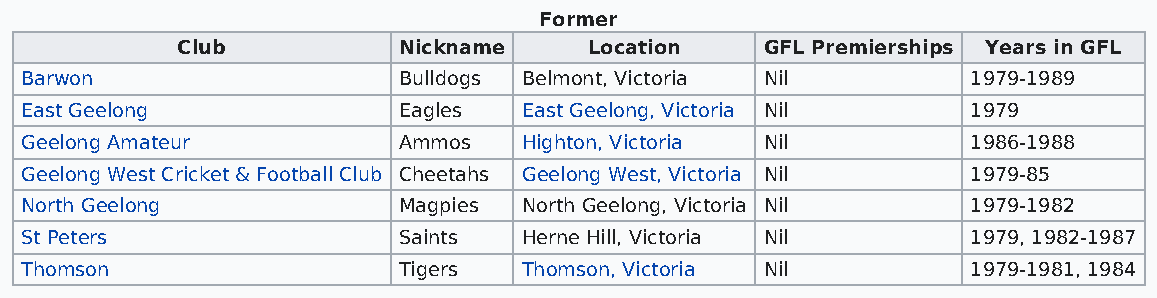
Former
 Club          Nickname     Location    GFL Premierships Years in GFL
 Barwon                   Bulldogs Belmont, Victoria Nil        1979-1989
 East Geelong             Eagles   East Geelong, Victoria Nil   1979
 Geelong Amateur          Ammos    Highton, Victoria Nil        1986-1988
 Geelong West Cricket & Football Club Cheetahs Geelong West, Victoria Nil 1979-85
 North Geelong            Magpies  North Geelong, Victoria Nil  1979-1982
 St Peters                Saints   Herne Hill, Victoria Nil     1979, 1982-1987
 Thomson                  Tigers   Thomson, Victoria Nil        1979-1981, 1984